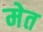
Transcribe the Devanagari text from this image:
मेत